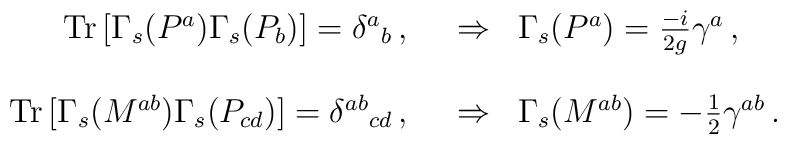
\begin{array}{rcl}{\rm Tr}\, [\Gamma_{s}(P^{a})\Gamma_{s}(P_{b})]= \delta^{a}{}_{b}\, , \,\,\,\, & \Rightarrow & \Gamma_{s}(P^{a}) = {\textstyle\frac{-i}{2g}}\gamma^{a}\, , \\& & \\{\rm Tr}\, [\Gamma_{s}(M^{ab})\Gamma_{s}(P_{cd})]= \delta^{ab}{}_{cd}\, , \,\,\,\, & \Rightarrow & \Gamma_{s}(M^{ab}) = -{\textstyle\frac{1}{2}}\gamma^{ab}\, .\\\end{array}